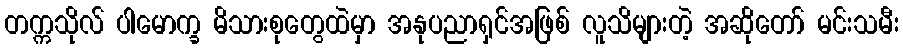
တက္ကသိုလ် ပါမောက္ခ မိသားစုတွေထဲမှာ အနုပညာရှင်အဖြစ် လူသိများတဲ့ အဆိုတော် မင်းသမီး